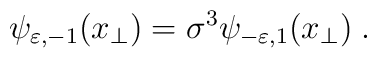
\psi _{\varepsilon ,-1}(x_{\perp })=\sigma ^{3}\psi _{-\varepsilon,1}(x_{\perp })\;.